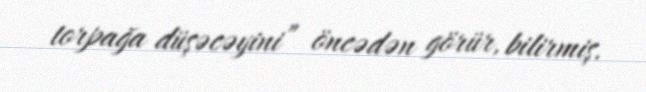
torpağa düşəcəyini” öncədən görür, bilirmiş.